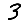
Digit: 3